Annual report of the Punjab Veterinary College and of the Civil Veterinary Department, Punjab - 1909-1919
Year: 1909
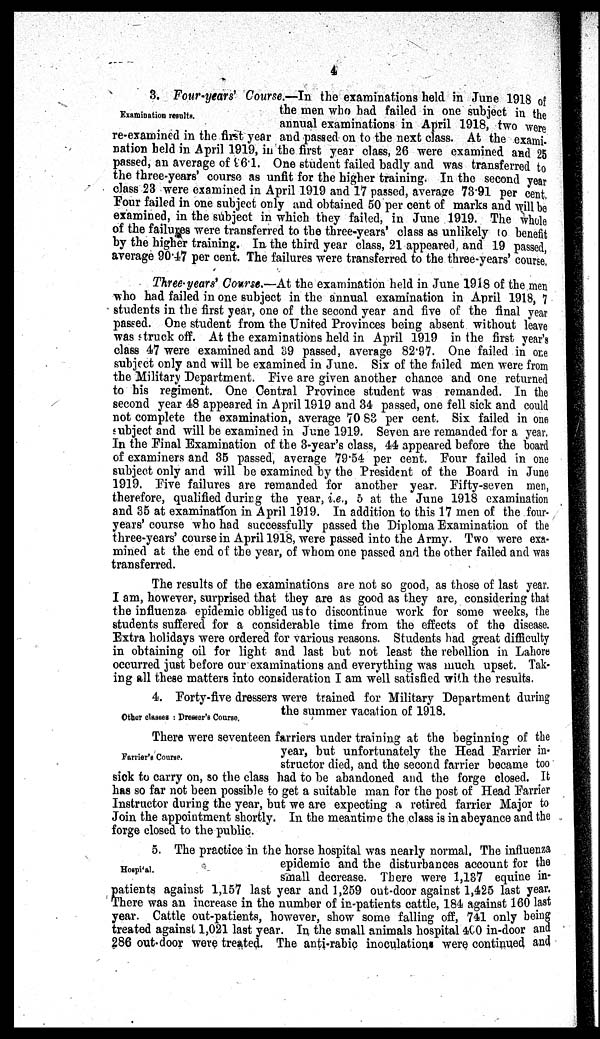
4
Examination results.
3. Four-years' Course.—In the examinations held in June 1918 of
the men who had failed in one subject in the
annual examinations in April 1918, two were
re-examined in the first year and passed on to the next class. At the exami-
nation held in April 1919, in the first year class, 26 were examined and 25
passed, an average of 96.1. One student failed badly and was transferred to
the three-years' course as unfit for the higher training. In the second year
class 23 were examined in April 1919 and 17 passed, average 73.91 per cent.
Four failed in one subject only and obtained 50 per cent of marks and will be
examined, in the subject in which they failed, in June 1919. The whole
of the failures were transferred to the three-years' class as unlikely to benefit
by the higher training. In the third year class, 21 appeared and 19 passed,
average 90.47 per cent. The failures were transferred to the three-years' course.
Three-years' Course.—At the examination held in June 1918 of the men
who had failed in one subject in the annual examination in April 1918, 7
students in the first year, one of the second year and five of the final year
passed. One student from the United Provinces being absent without leave
was struck off. At the examinations held in April 1919 in the first year's
class 47 were examined and 39 passed, average 82.97. One failed in one
subject only and will be examined in June. Six of the failed men were from
the Military Department. Five are given another chance and one returned
to his regiment. One Central Province student was remanded. In the
second year 48 appeared in April 1919 and 34 passed, one fell sick and could
not complete the examination, average 70.83 per cent. Six failed in one
subject and will be examined in June 1919. Seven are remanded for a year.
In the Final Examination of the 3-year's class, 44 appeared before the board
of examiners and 35 passed, average 79.54 per cent. Four failed in one
subject only and will be examined by the President of the Board in June
1919. Five failures are remanded for another year. Fifty-seven men,
therefore, qualified during the year, i.e., 5 at the June 1918 examination
and 35 at examination in April 1919. In addition to this 17 men of the four-
years' course who had successfully passed the Diploma Examination of the
three-years' course in April 1918, were passed into the Army. Two were exa-
mined at the end of the year, of whom one passed and the other failed and was
transferred.
The results of the examinations are not so good, as those of last year.
I am, however, surprised that they are as good as they are, considering that
the influenza epidemic obliged us to discontinue work for some weeks, the
students suffered for a considerable time from the effects of the disease.
Extra holidays were ordered for various reasons. Students had great difficulty
in obtaining oil for light and last but not least the rebellion in Lahore
occurred just before our examinations and everything was much upset. Tak-
ing all these matters into consideration I am well satisfied with the results.
Other classes : Dresser's Course.
4. Forty-five dressers were trained for Military Department during
the summer vacation of 1918.
Farrier's Course.
There were seventeen farriers under training at the beginning of the
year, but unfortunately the Head Farrier in-
structor died, and the second farrier became too
sick to carry on, so the class had to be abandoned and the forge closed. It
has so far not been possible to get a suitable man for the post of Head Farrier
Instructor during the year, but we are expecting a retired farrier Major to
Join the appointment shortly. In the meantime the class is in abeyance and the
forge closed to the public.
Hospital.
5. The practice in the horse hospital was nearly normal, The influenza
epidemic and the disturbances account for the
small decrease. There were 1,137 equine in-
patients against 1,157 last year and 1,259 out-door against 1,425 last year.
There was an increase in the number of in-patients cattle, 184 against 160 last
year. Cattle out-patients, however, show some falling off, 741 only being
treated against 1,021 last year. In the small animals hospital 400 in-door and
286 out-door were treated. The anti-rabic inoculations were continued and